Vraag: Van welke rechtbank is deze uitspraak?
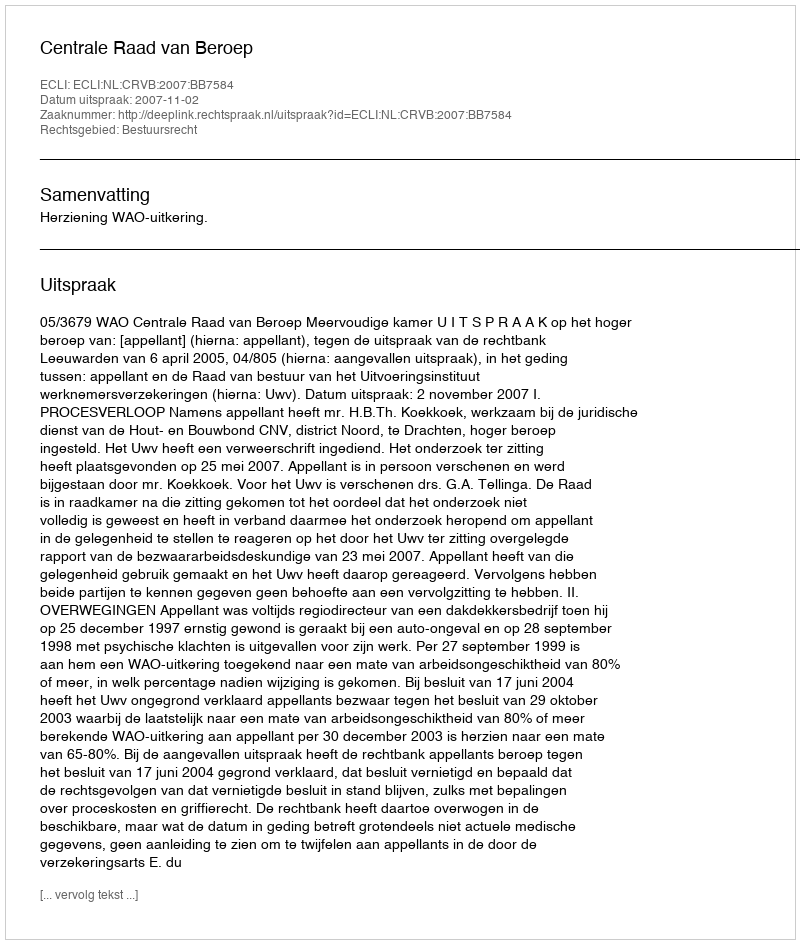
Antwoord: Centrale Raad van Beroep